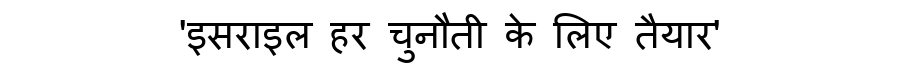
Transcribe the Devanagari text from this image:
'इसराइल हर चुनौती के लिए तैयार'